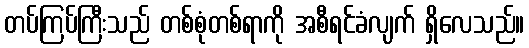
တပ်ကြပ်ကြီးသည် တစ်စုံတစ်ရာကို အစီရင်ခံလျက် ရှိလေသည်။